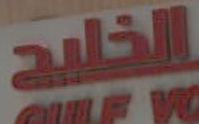
الخليج